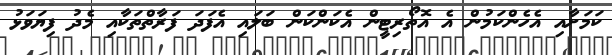
ކަމަށާއި އެހެންކަމުން އެ އޮތޯރިޓީން އެކަންކަން ބަލައި އެފަދަ ފަރާތްތަކާއި މެދު ފިޔަވަޅު